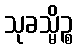
သုခသ္မိဉ္စ